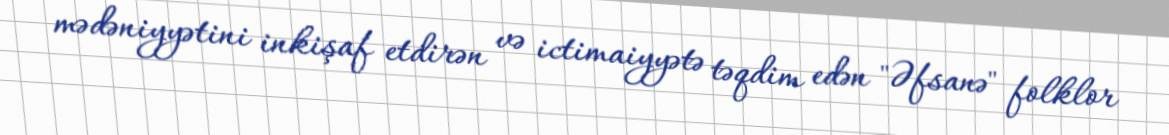
mədəniyyətini inkişaf etdirən və ictimaiyyətə təqdim edən "Əfsanə" folklor